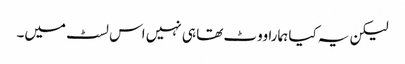
لیکن یہ کیا ہمارا ووٹ تھا ہی نہیں اس لسٹ میں۔